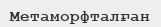
Метаморфталған